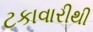
ટકાવારીથી